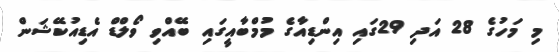
މި މަހުގެ 28 އަދި 29ގައި އިންޑިއާގެ މުމްބާއީގައި ބޭއްވި ވޯލްޑް އެޑިއުކޭޝަން